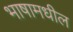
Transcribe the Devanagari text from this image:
भाषामधील